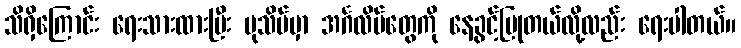
သိရှိကြောင်း ရေးသားထားပြီး ပုသိမ်မှာ အင်္ဂလိပ်တွေကို နေခွင့်ပြုတယ်လို့လည်း ရေးပါတယ်။